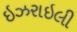
ઇઝરાઇલી